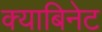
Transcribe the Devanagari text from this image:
क्याबिनेट